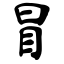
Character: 冒